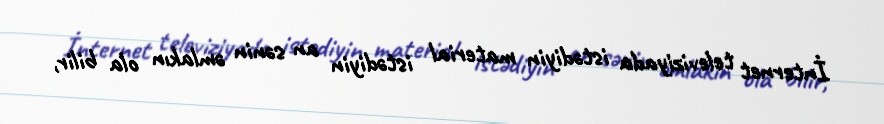
İnternet televiziyada istədiyin material istədiyin an sənin əmlakın ola bilir,